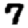
Digit: 7